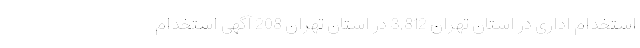
استخدام اداری در استان تهران 3,812 در استان تهران 208 آگهی استخدام